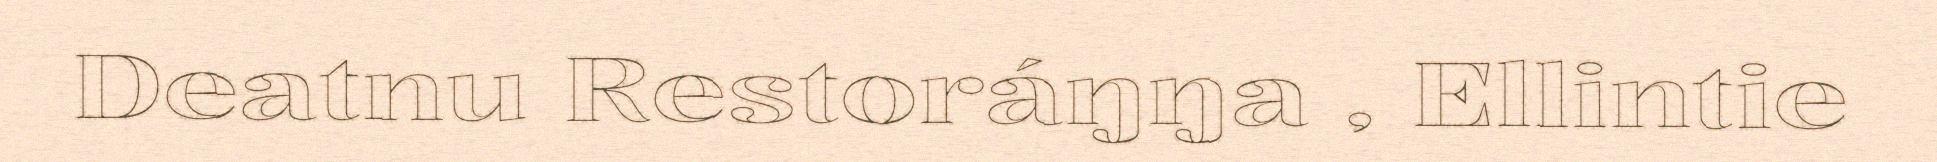
Deatnu Restoráŋŋa , Ellintie